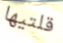
قلتيها